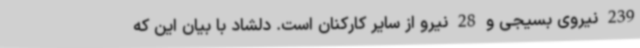
239 نیروی بسیجی و 28 نیرو از سایر کارکنان است. دلشاد با بیان این که